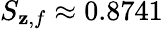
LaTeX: S_{\mathbf{z},f}\approx0.8741